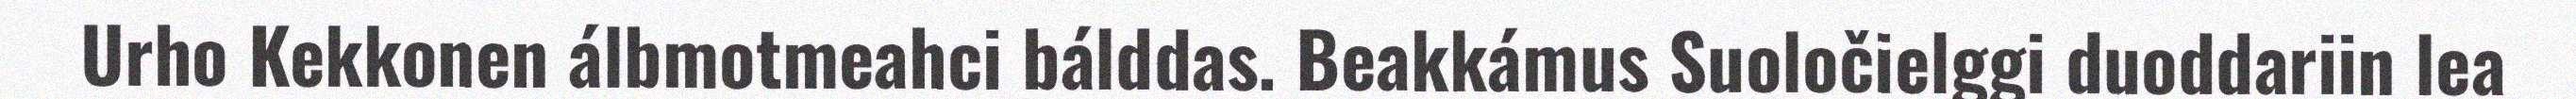
Urho Kekkonen álbmotmeahci bálddas. Beakkámus Suoločielggi duoddariin lea